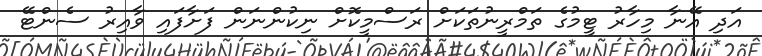
އަދި އޭނާ މިހާރު ޓީމުގެ ތަމްރީނުތަކަށް ރަސްމީކޮށް ނިކުންނަން ފަށާފައި ވާއިރު ސެންޓޭ